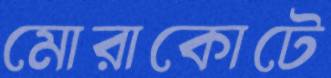
মোরাকোটে